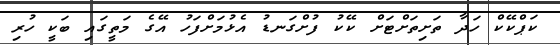
ކަޕްކޭކް ހަދާ ތަށިތަށްޓަށް ކޭކު ފުށްގަނޑު އެޅުމަށްފަހު އޭގެ މަތީގައި ބަކީ ހުރި